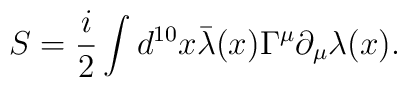
S=\frac{i}{2}  \int d^{10}x \bar{\lambda}(x)\Gamma^{\mu}\partial_{\mu}\lambda(x).